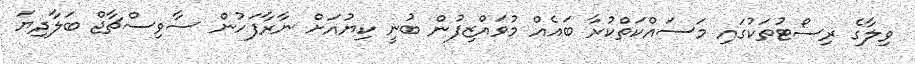
ވިލާގެ ރިސޯޓުތަކުގައި މަސައްކަތްކުރާ ބައެއް މުވައްޒިފުން ބުނީ ކިޔުއަށް ނާރާފަހުން ސާވިސްޗާޖް ބަލާދިޔަ